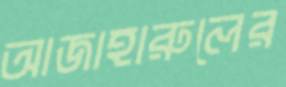
আজাহারুলের